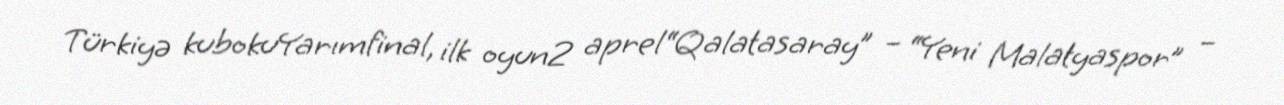
Türkiyə kubokuYarımfinal, ilk oyun2 aprel“Qalatasaray” – “Yeni Malatyaspor” –